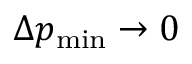
\Delta p _ { \mathrm { m i n } } \rightarrow 0